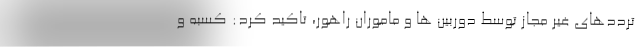
ترددهای غیر مجاز توسط دوربین ها و ماموران راهور، تاکید کرد: کسبه و